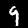
Label: 9